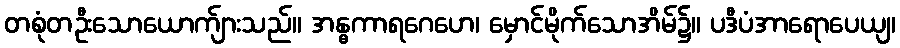
တစုံတဦးသောယောက်ျားသည်။ အန္ဓကာရဂေဟေ၊ မှောင်မိုက်သောအိမ်၌။ ပဒီပံအာရောပေယျ၊